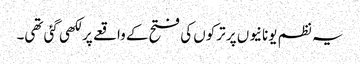
یہ نظم یونانیوں پر ترکوں کی فتح کے واقعے پر لکھی گئی تھی۔